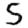
Digit: 5